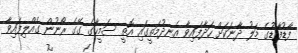
ފާޑުފާޑުގެ މަލު ދާނަކަށް ހަދާފައިވާ އެނދުމަތީގައި އޮތީ ސަމީހާގެ ގޭގެ ރޯނުން ގެއްލިފައިވާ